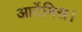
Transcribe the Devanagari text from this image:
आर्टेमिस।